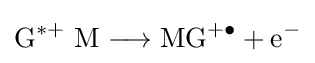
{\mathrm {G} {\vphantom {A}}^{\ast +}~\mathrm {M} {}\mathrel {\longrightarrow } {}\mathrm {MG} {\vphantom {A}}^{+\bullet }{}+{}\mathrm {e} {\vphantom {A}}^{-}}